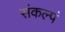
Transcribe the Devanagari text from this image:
संकल्पं